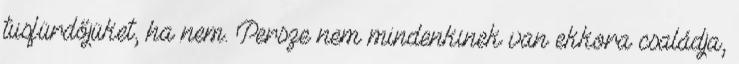
tusfürdőjüket, ha nem. Persze nem mindenkinek van ekkora családja,